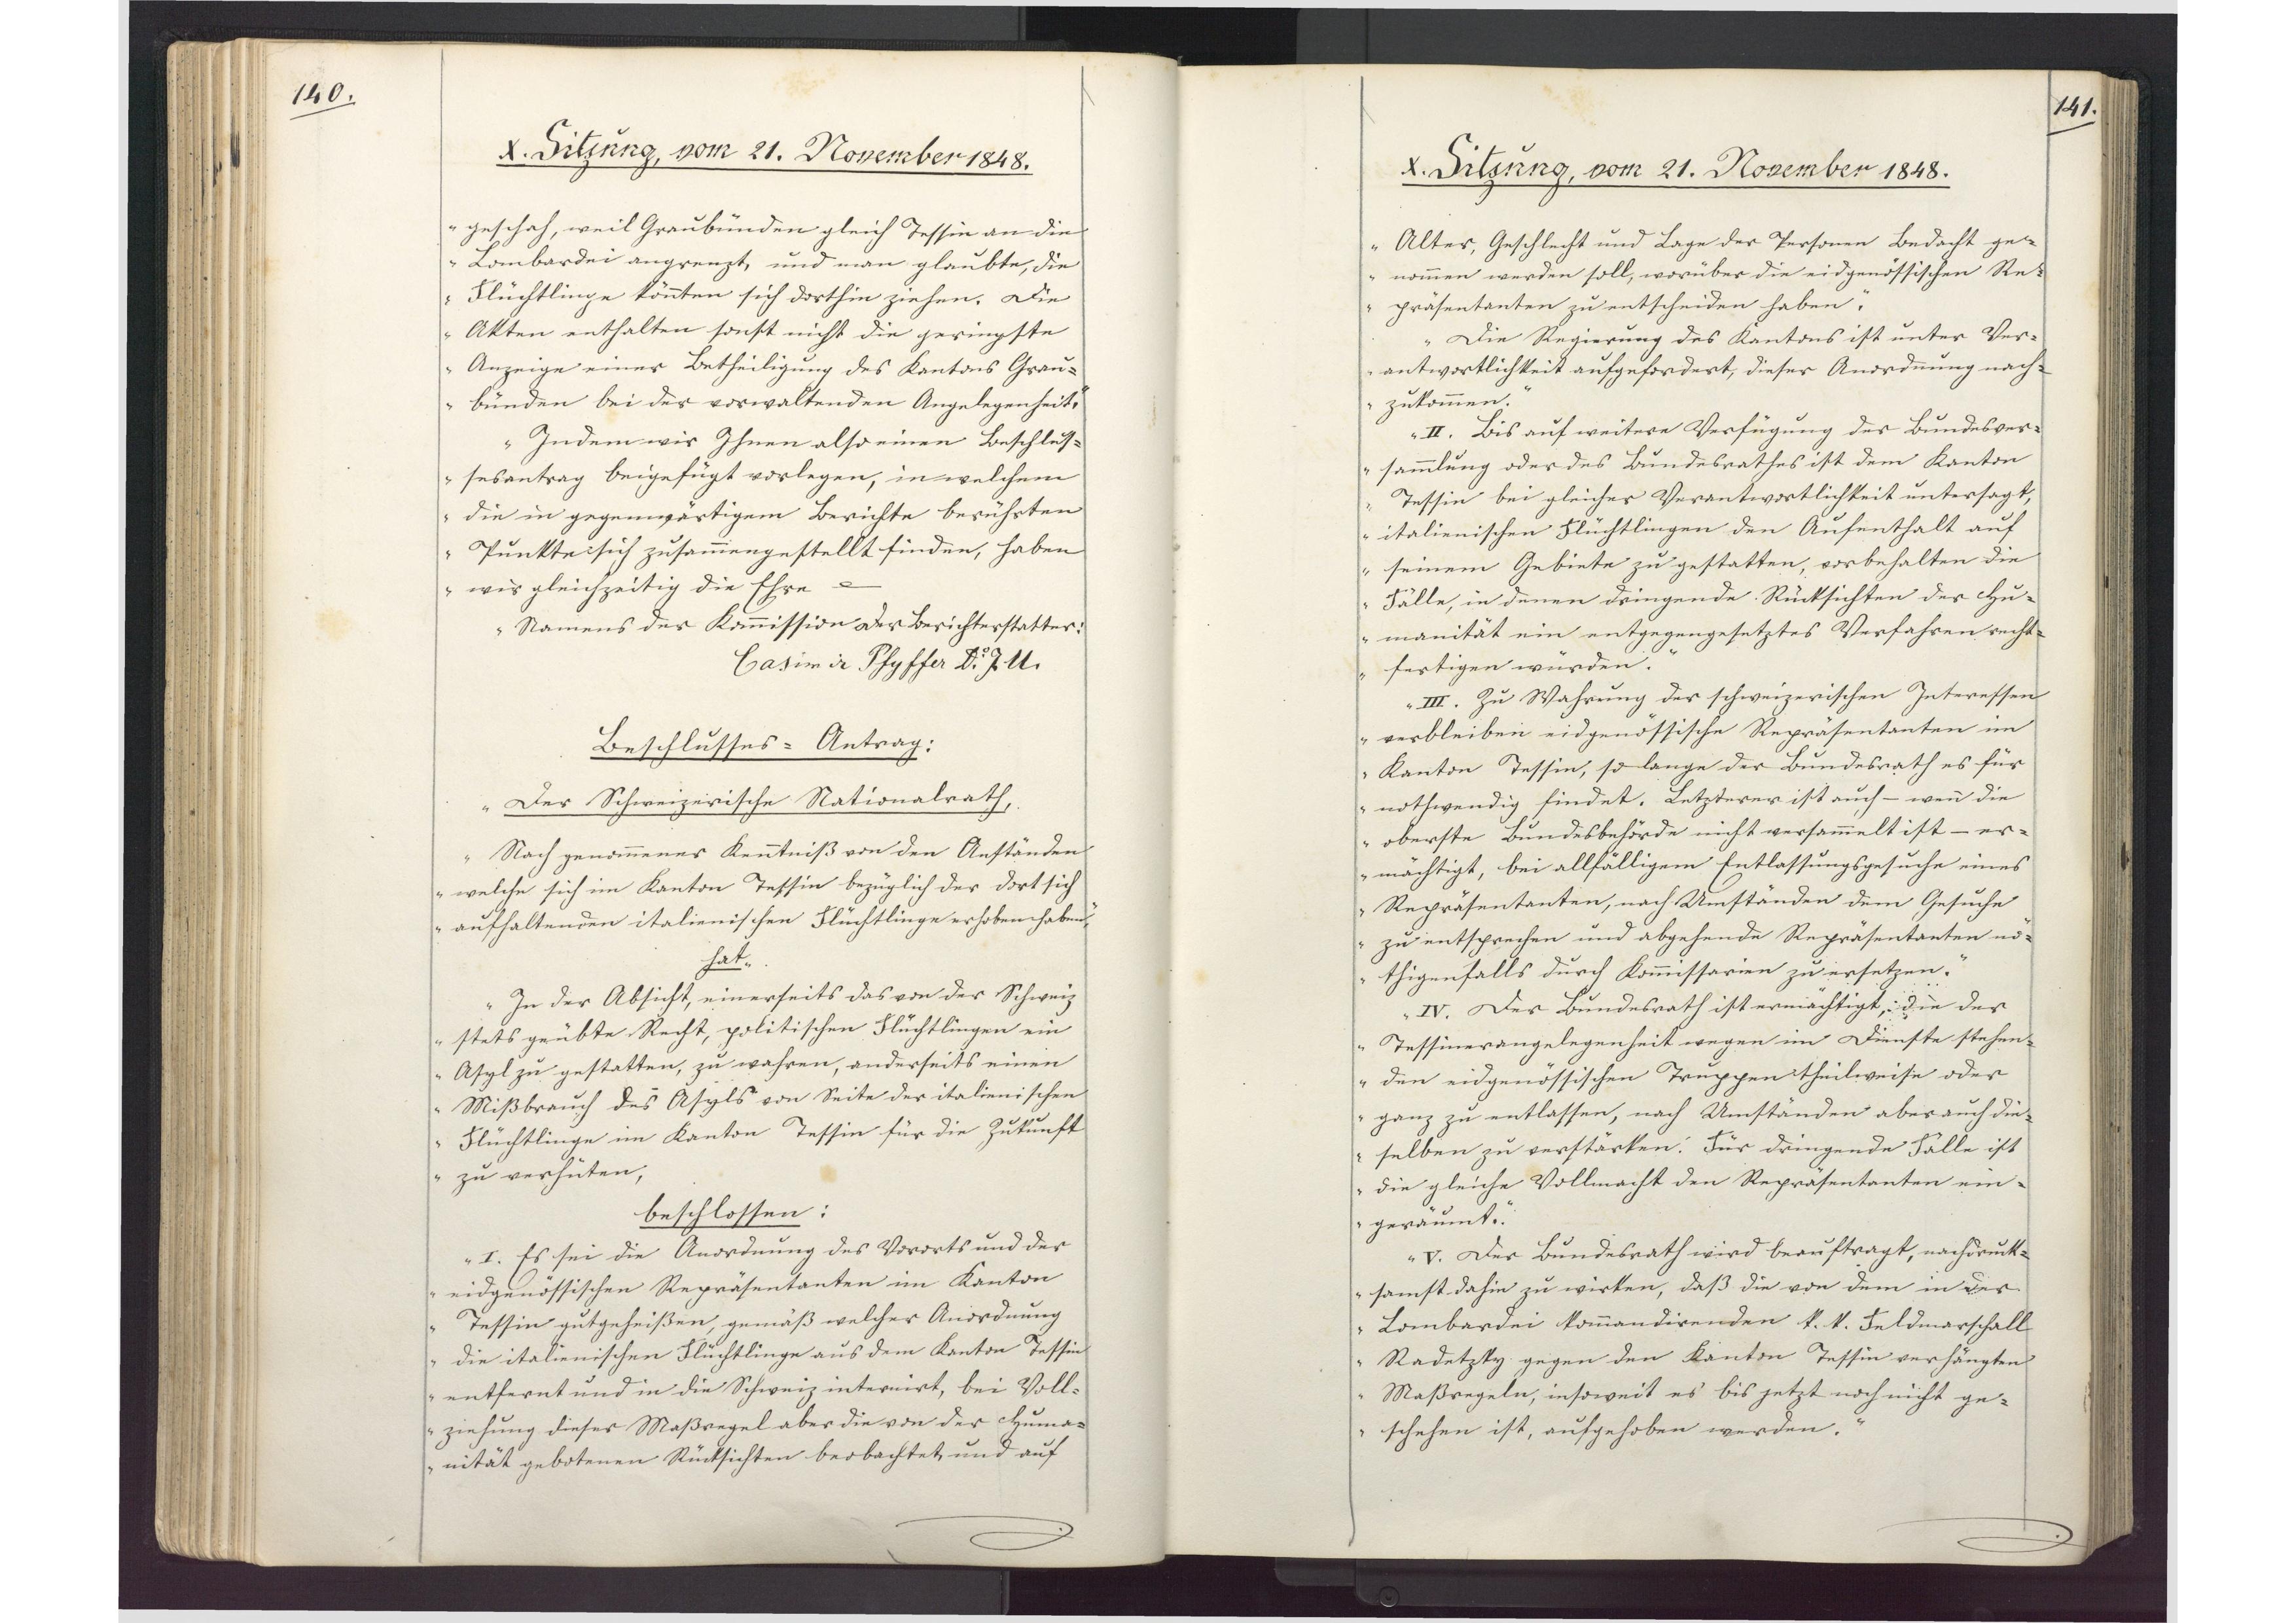
140.

X. Sitzung, vom 21. November 1848.

geschah, weil Graubünden gleich Tessin an die
Lombardei angrenzt, und man glaubte, die
Flüchtlinge könnten sich dorthin ziehen. Die
Akten enthalten sonst nicht die geringste
Anzeige einer Betheiligung des Kantons Grau-
bünden bei der verwaltenden Angelegenheit.
Indem wir Ihnen also einen Beschlus¬
sesantrag beigefügt vorlegen, in welchem
die in gegenwärtigem Berichte berührten
Punkte sich zusammengestellt finden, haben
wir gleichzeitig die Ehre etc.
Namens der Kommission der Berichterstatter:
Casimir Pfyffer Dr. J. U.
Beschlusses-Antrag:
Der Schweizerische Nationalrath,
Nach genommener Kenntniß von den Anständen
welche sich im Kanton Tessin bezüglich der dort sich
aufhaltenden italienischen Flüchtlinge erhoben haben,
hat
In der Absicht, einerseits das von der Schweiz
stets geübte Recht, politischen Flüchtlingen ein
Asyl zu gestatten, zu wahren, anderseits einen
Mißbrauch des Asyls von Seite der italienischen
Flüchtlinge im Kanton Tessin für die Zukunft
zu verhüten,
beschlossen:
I. Es sei die Anordnung des Vororts und der
eidgenössischen Repräsentanten im Kanton
Tessin gutgeheißen, gemäß welcher Anordnung
die italienischen Flüchtlinge aus dem Kanton Tessin
entfernt und in die Schweiz internirt, bei Voll¬
ziehung dieser Maßregel aber die von der Huma¬
nität gebotenen Rücksichten beobachtet, und auf

141.

X. Sitzung, vom 21. November 1848.

Alter, Geschlecht und Lage der Personen Bedacht ge¬
nommen werden soll, worüber die eidgenössischen Re¬
präsentanten zu entscheiden haben.
Die Regierung des Kantons ist unter Ver¬
antwortlichkeit aufgefordert, dieser Anordnung nach¬
zukommen.
II. Bis auf weitere Verfügung der Bundesver¬
sammlung oder des Bundesrathes ist dem Kanton
Tessin bei gleicher Verantwortlichkeit untersagt,
italienischen Flüchtlingen den Aufenthalt auf
seinem Gebiete zu gestatten, vorbehalten die
Fälle, in denen dringende Rücksichten der Hu¬
manität ein entgegengesetztes Verfahren recht¬
fertigen würden.
III. Zu Wahrung der schweizerischen Interessen
verbleiben eidgenössische Repräsentanten im
Kanton Tessin, so lange der Bundesrath es für
nothwendig findet. Letzterer ist auch - wenn die
oberste Bundesbehörde nicht versammelt ist - er¬
mächtigt, bei allfälligem Entlassungsgesuche eines
Repräsentanten, nach Umständen dem Gesuche
zu entsprechen und abgehende Repräsentanten nö¬
thigenfalls durch Kommissarien zu ersetzen.
IV. Der Bundesrath ist ermächtigt, die der
Tessinerangelegenheit wegen im Dienste stehen¬
den eidgenössischen Truppen theilweise oder
ganz zu entlassen, nach Umständen aber auch die¬
selben zu verstärken. Für dringende Fälle ist
die gleiche Vollmacht den Repräsentanten ein¬
geräumt.
V. Der Bundesrath wird beauftragt, nachdruck¬
samst dahin zu wirken, daß die von dem in der
Lombardei kommandirenden k. k. Feldmarschall
Radetzky gegen den Kanton Tessin verhängten
Maßregeln, insoweit es bis jetzt noch nicht ge¬
schehen ist, aufgehoben werden.